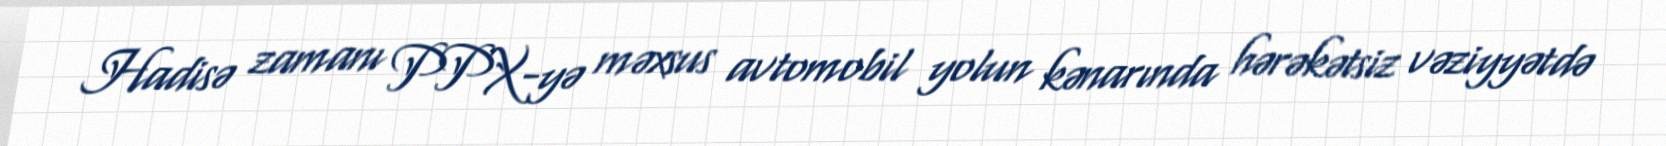
Hadisə zamanı PPX-yə məxsus avtomobil yolun kənarında hərəkətsiz vəziyyətdə